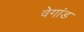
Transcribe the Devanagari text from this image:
वेगांड